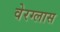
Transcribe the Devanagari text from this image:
वेरग्लास